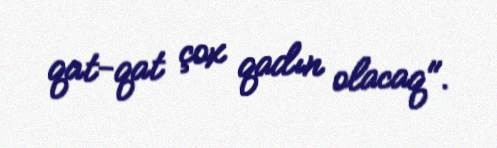
qat-qat çox qadın olacaq".